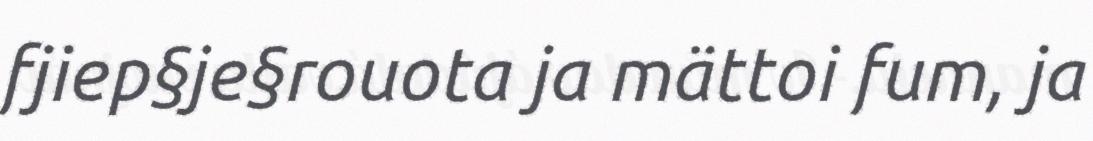
fjiep§je§rouota ja mättoi fum, ja